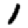
Digit: 1